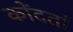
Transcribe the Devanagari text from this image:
कोंदतां